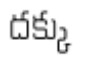
దక్కు